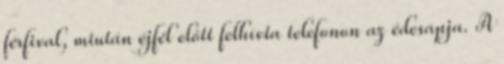
férfival, miután éjfél előtt felhívta telefonon az édesapja. A